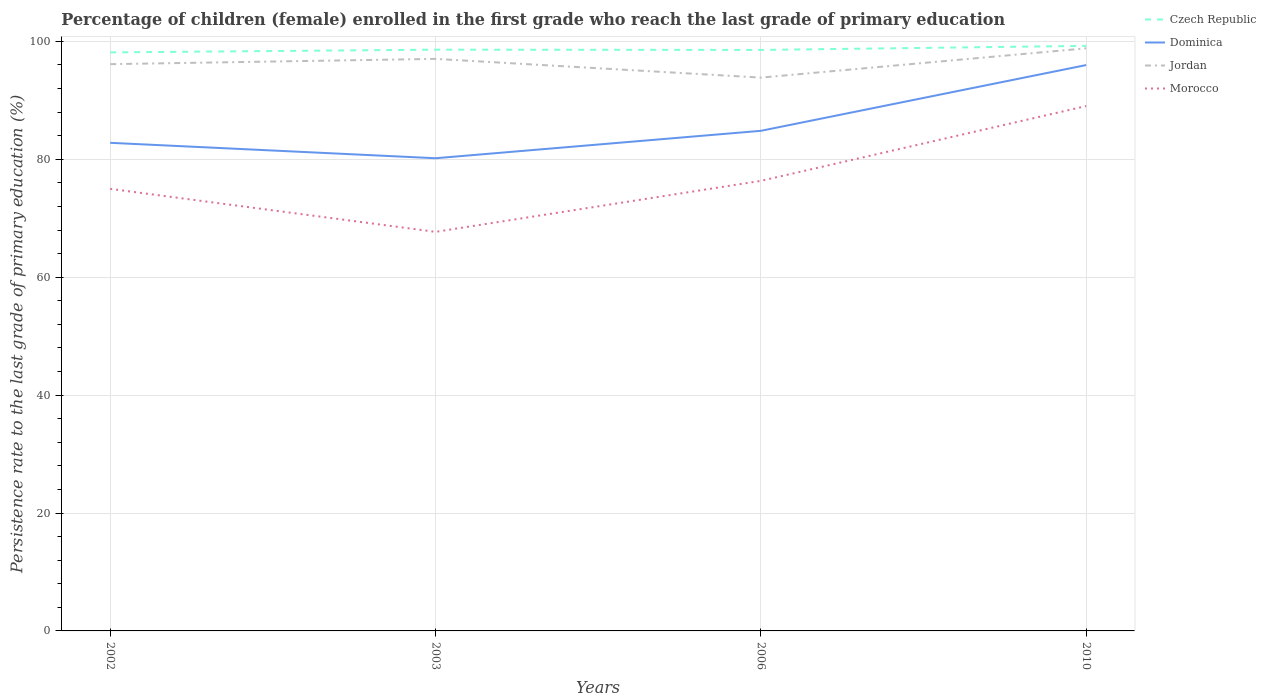
| Years | Czech Republic | Dominica | Jordan | Morocco |
 | --- | --- | --- | --- | --- |
 | 2002 | 98.1 | 82.8 | 96.1 | 75 |
 | 2003 | 98.6 | 80.2 | 97 | 67.7 |
 | 2006 | 98.5 | 84.8 | 93.8 | 76.3 |
 | 2010 | 99.2 | 96 | 98.8 | 89 |